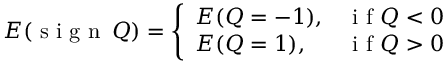
E ( \textnormal { s i g n } \, Q ) = \left\{ \begin{array} { l l } { E ( Q = - 1 ) , } & { \mathrm { ~ i ~ f ~ } Q < 0 } \\ { E ( Q = 1 ) , } & { \mathrm { ~ i ~ f ~ } Q > 0 } \end{array} \right.